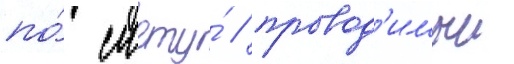
по́ счету́ / провод'имыи